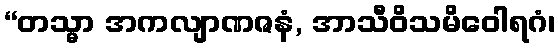
“တသ္မာ အကလျာဏဇနံ, အာသီဝိသမိဝေါရဂံ၊